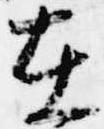
在